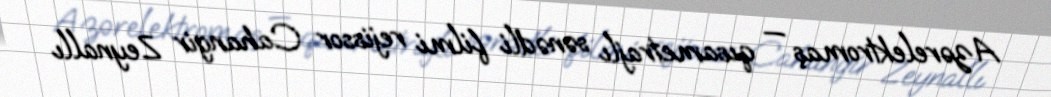
Azərelektromaş — qısametrajlı sənədli filmi rejissor Cahangir Zeynallı